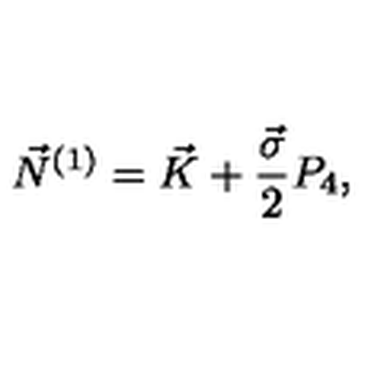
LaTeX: \vec { N } ^ { ( 1 ) } = \vec { K } + \frac { \vec { \sigma } } { 2 } P _ { 4 } ,